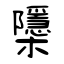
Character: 櫽